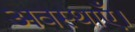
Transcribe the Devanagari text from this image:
अवस्थाएँ।